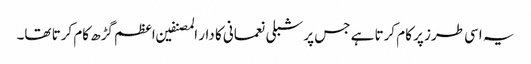
یہ اسی طرز پر کام کرتا ہے جس پر شبلی نعمانی کا دار المصنفین اعظم گڑھ کام کرتا تھا۔